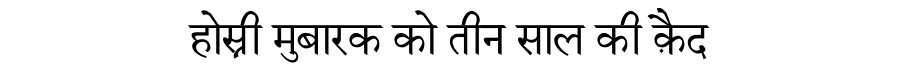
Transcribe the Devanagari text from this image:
होस्नी मुबारक को तीन साल की क़ैद